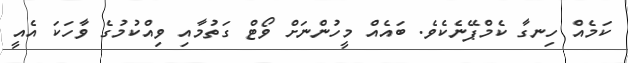
ކަމެއް ހިނގާ ކެމްޕޭނެކެވެ. ބައެއް މީހުންނަށް ވޯޓް ގަތުމާއި ވިއްކުމުގެ ވާހަކަ އެއީ